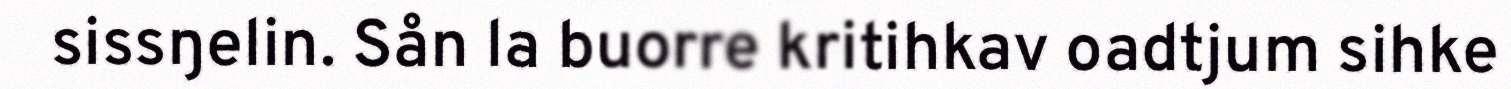
sissŋelin. Sån la buorre kritihkav oadtjum sihke